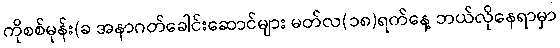
ကိုစစ်မုန်း(ခ အနာဂတ်ခေါင်းဆောင်များ မတ်လ(၁၈)ရက်နေ့ ဘယ်လိုနေရာမှာ